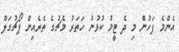
އެންމެ ފަހުން މި ދެ ޓީމު ކުޅުނު ހަތަރު މެޗުގެ ތެރެއިން ޕޯޗުގަލް